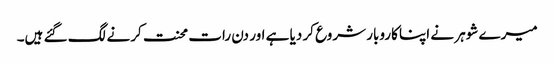
میرے شوہر نے اپنا کاروبار شروع کر دیا ہے اور دن رات محنت کرنے لگ گئے ہیں۔